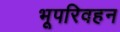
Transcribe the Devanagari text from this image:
भूपरिवहन